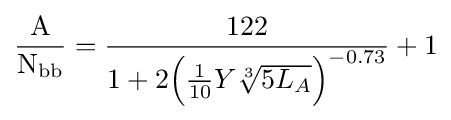
{\frac {\text{A}}{{\text{N}}_{\text{bb}}}}={\frac {122}{1+2{\Bigl (}{\tfrac {1}{10}}Y{\sqrt[{3}]{5L_{A}}}{\Bigr )}^{-0.73}}}+1